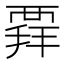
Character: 𧟲